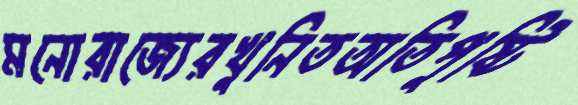
মনোরাজ্যেরখুনিতঅতিপুষ্টি